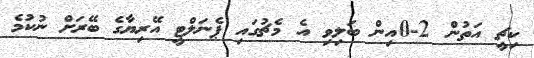
ކިޗީ އަތުން 2-0އިން ބަލިވި އެ މެޗުގައި ޕެނަލްޓީ އޭރިޔާގެ ބޭރަށް ނުކުމެ